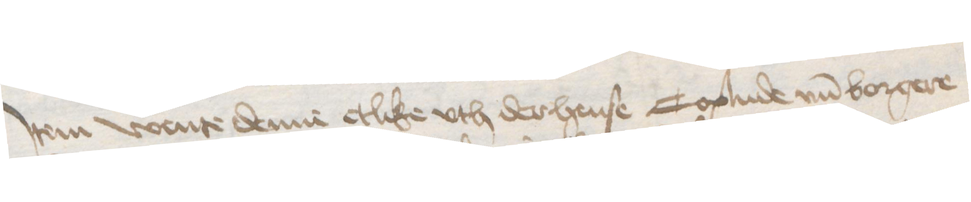
Jtem wente denne etlike vth der hense Coplude vnd borgere